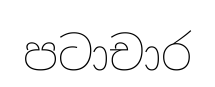
පටාචාර